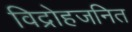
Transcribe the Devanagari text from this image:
विद्रोहजनित